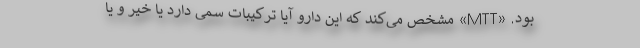
بود. «MTT» مشخص می‌کند که این دارو آیا ترکیبات سمی دارد یا خیر و یا